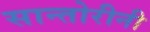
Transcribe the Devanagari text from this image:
सान्तोरीनी